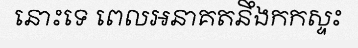
នោះទេ ពេលអនាគតនឹងកកស្ទះ